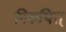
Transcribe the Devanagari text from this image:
निरुपित्